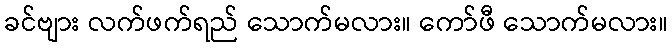
ခင်ဗျား လက်ဖက်ရည် သောက်မလား။ ကော်ဖီ သောက်မလား။